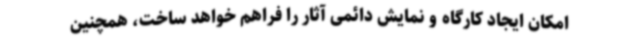
امکان ایجاد کارگاه و نمایش دائمی آثار را فراهم خواهد ساخت، همچنین